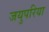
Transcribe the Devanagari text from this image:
जयुपरिया